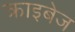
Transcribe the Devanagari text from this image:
क्राइबेज